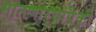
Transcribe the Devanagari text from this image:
मानणाऱ्यांपैकी